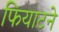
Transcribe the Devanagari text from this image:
फियाटने